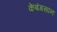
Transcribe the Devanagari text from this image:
केबंगसान